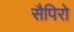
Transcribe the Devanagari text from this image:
सैपिरो